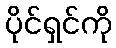
ပိုင်ရှင်ကို